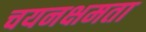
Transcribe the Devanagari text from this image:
चयनक्षमता